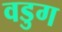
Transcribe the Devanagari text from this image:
वडुग